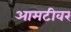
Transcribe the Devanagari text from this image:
आमटीवर